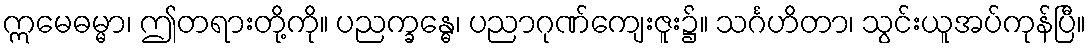
ဣမေဓမ္မာ၊ ဤတရားတို့ကို။ ပညက္ခန္ဓေ၊ ပညာဂုဏ်ကျေးဇူး၌။ သင်္ဂဟိတာ၊ သွင်းယူအပ်ကုန်ပြီ။